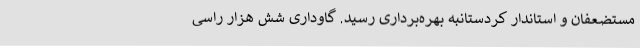
مستضعفان و استاندار کردستانبه بهره‌برداری رسید. گاوداری شش هزار راسی